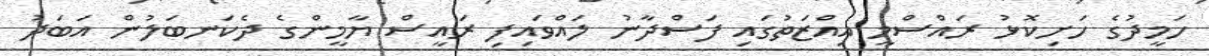
ހަމީދުގެ ހަށިކޮޅު ރައްސްމީ އިއްޒަތުގައި ފަސްދާނު ލައްވައިފި ރައީސް ޔާމީންގެ ދެކަނބަލުން އަބަދު